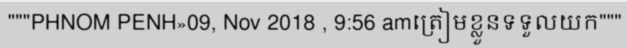
"""PHNOM PENH»09, Nov 2018 , 9:56 amត្រៀមខ្លួនទទួលយក"""